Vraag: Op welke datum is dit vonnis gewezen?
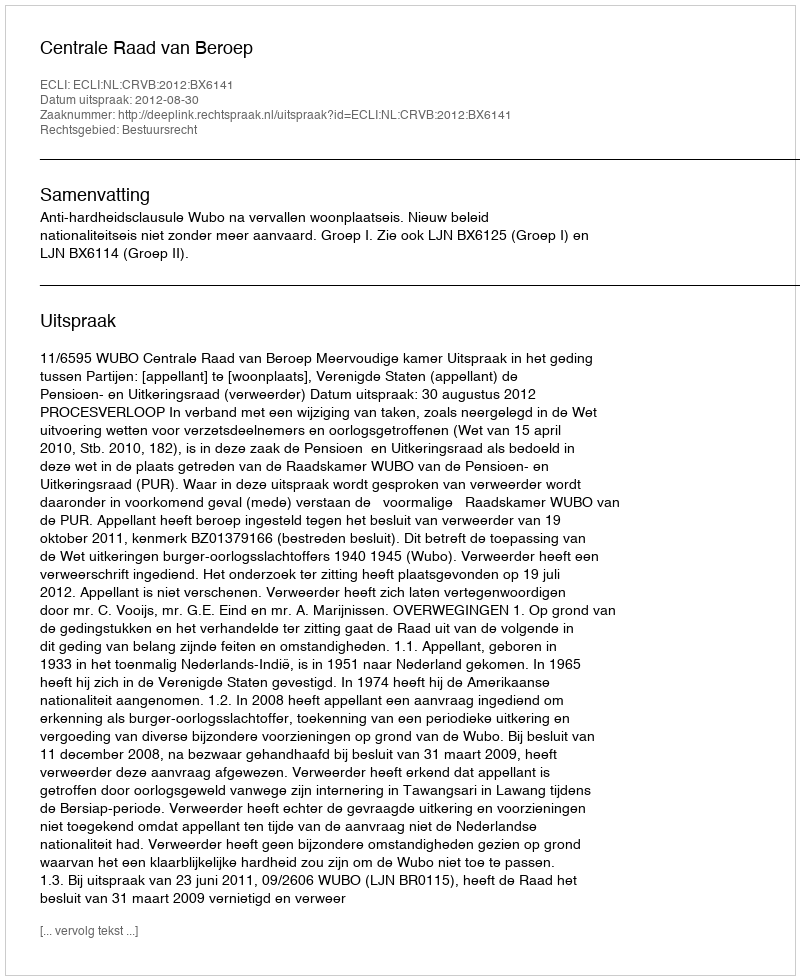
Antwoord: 2012-08-30